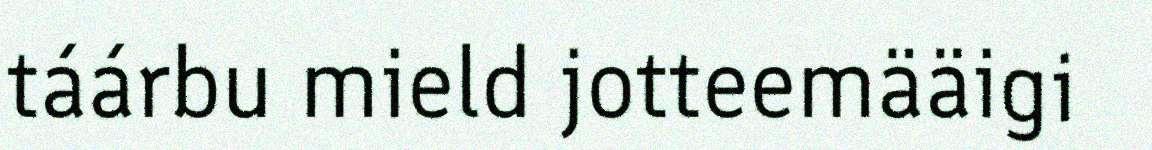
táárbu mield jotteemääigi